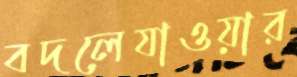
বদলেযাওয়ার